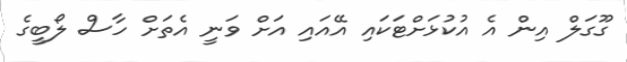
ގޫގަލް އިން އެ އުކުޅަށްޓަކައި އޭއައި އަށް ވަނީ އެތަށް ހާސް ލޯބީގެ